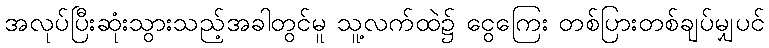
အလုပ်ပြီးဆုံးသွားသည့်အခါတွင်မူ သူ့လက်ထဲ၌ ငွေကြေး တစ်ပြားတစ်ချပ်မျှပင်